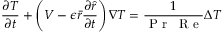
\frac { \partial T } { \partial t } + \left( V - \epsilon \bar { r } \frac { \partial \hat { r } } { \partial t } \right) \nabla T = \frac { 1 } { \mathrm { ~ P ~ r ~ } \: \mathrm { ~ R ~ e ~ } } \Delta T